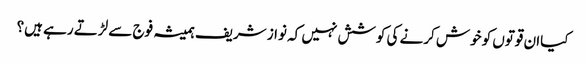
کیاان قوتوں کو خوش کرنے کی کوشش نہیں کہ نواز شریف ہمیشہ فوج سے لڑتے رہے ہیں؟